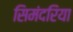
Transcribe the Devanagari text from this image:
सिमंदरिया